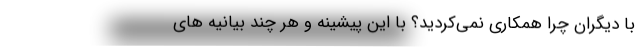
با دیگران چرا همکاری نمی‌کردید؟ با این پیشینه و هر چند بیانیه های